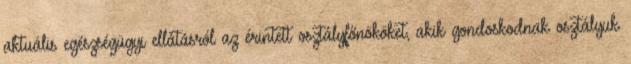
aktuális egészségügyi ellátásról az érintett osztályfőnököket, akik gondoskodnak osztályuk